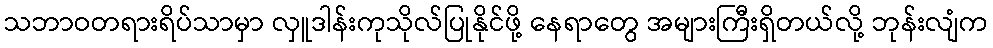
သဘာဝတရားရိပ်သာမှာ လှူဒါန်းကုသိုလ်ပြုနိုင်ဖို့ နေရာတွေ အများကြီးရှိတယ်လို့ ဘုန်းလျံက